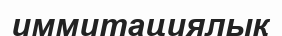
иммитациялық